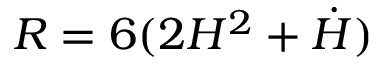
R = 6 ( 2 H ^ { 2 } + \dot { H } )